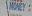
money